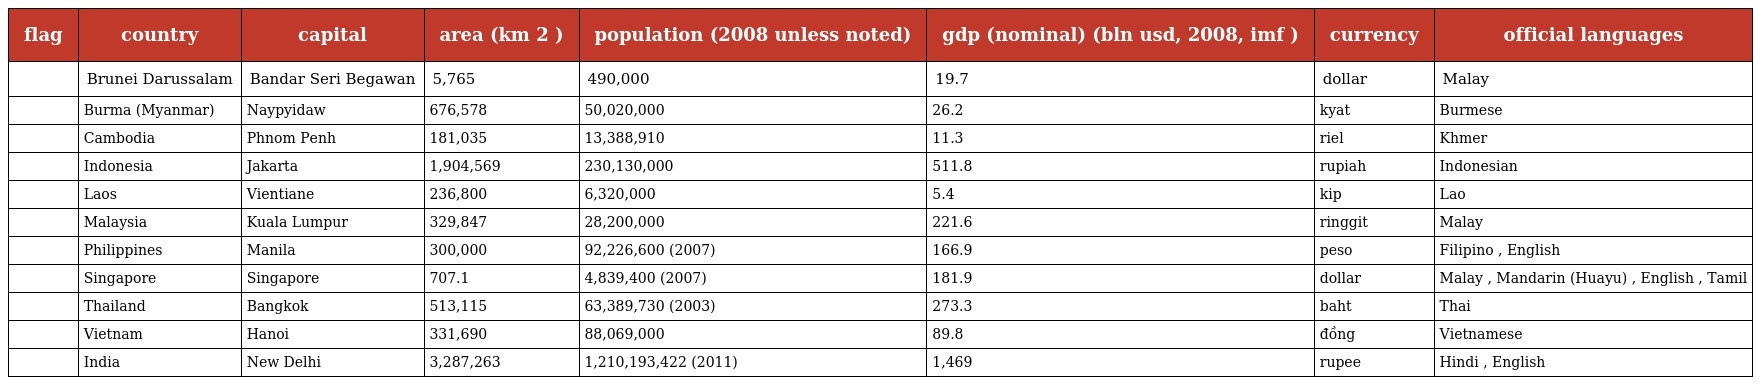
| flag | country | capital | area (km 2 ) | population (2008 unless noted) | gdp (nominal) (bln usd, 2008, imf ) | currency | official languages |
 | --- | --- | --- | --- | --- | --- | --- | --- |
 |  | Brunei Darussalam | Bandar Seri Begawan | 5,765 | 490,000 | 19.7 | dollar | Malay |
 |  | Burma (Myanmar) | Naypyidaw | 676,578 | 50,020,000 | 26.2 | kyat | Burmese |
 |  | Cambodia | Phnom Penh | 181,035 | 13,388,910 | 11.3 | riel | Khmer |
 |  | Indonesia | Jakarta | 1,904,569 | 230,130,000 | 511.8 | rupiah | Indonesian |
 |  | Laos | Vientiane | 236,800 | 6,320,000 | 5.4 | kip | Lao |
 |  | Malaysia | Kuala Lumpur | 329,847 | 28,200,000 | 221.6 | ringgit | Malay |
 |  | Philippines | Manila | 300,000 | 92,226,600 (2007) | 166.9 | peso | Filipino , English |
 |  | Singapore | Singapore | 707.1 | 4,839,400 (2007) | 181.9 | dollar | Malay , Mandarin (Huayu) , English , Tamil |
 |  | Thailand | Bangkok | 513,115 | 63,389,730 (2003) | 273.3 | baht | Thai |
 |  | Vietnam | Hanoi | 331,690 | 88,069,000 | 89.8 | đồng | Vietnamese |
 |  | India | New Delhi | 3,287,263 | 1,210,193,422 (2011) | 1,469 | rupee | Hindi , English |